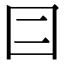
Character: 𡆤